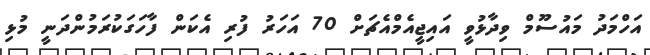
އަހްމަދު މައުސޫމް ވިދާޅުވީ އައިޖީއެމްއެޗަށް 70 އަހަރު ފުރި އެކަން ފާހަގަކުރަމުންދަނީ މުޅި